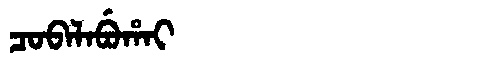
Manchu: ᠴᠣᠪᠠᠯᠠᠪᡠᡥᠠᡳ
Romanization: COBALABUHAI